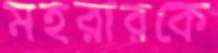
মহরারকে